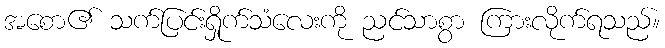
အစော၏ သက်ပြင်းရှိုက်သံလေးကို ညင်သာစွာ ကြားလိုက်ရသည်။